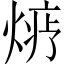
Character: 𱫬